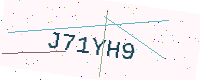
Text: J71YH9